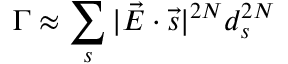
\Gamma \approx \sum _ { s } | \vec { E } \cdot \vec { s } | ^ { 2 N } d _ { s } ^ { 2 N }